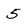
Character: 5